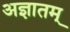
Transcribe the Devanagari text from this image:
अज्ञातम्‌